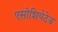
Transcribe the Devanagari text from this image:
एसोशियेटेड